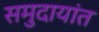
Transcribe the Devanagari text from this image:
समुदायांत